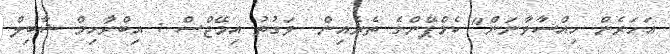
އަހަރެން ހިއްސާވާނަން" ކެމްޕޭންގެ ތެރެއިން  ވަގުތު އިމޭޖްސް : އިބްރާހިމް ޝާބިލް